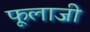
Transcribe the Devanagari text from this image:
फूलाजी